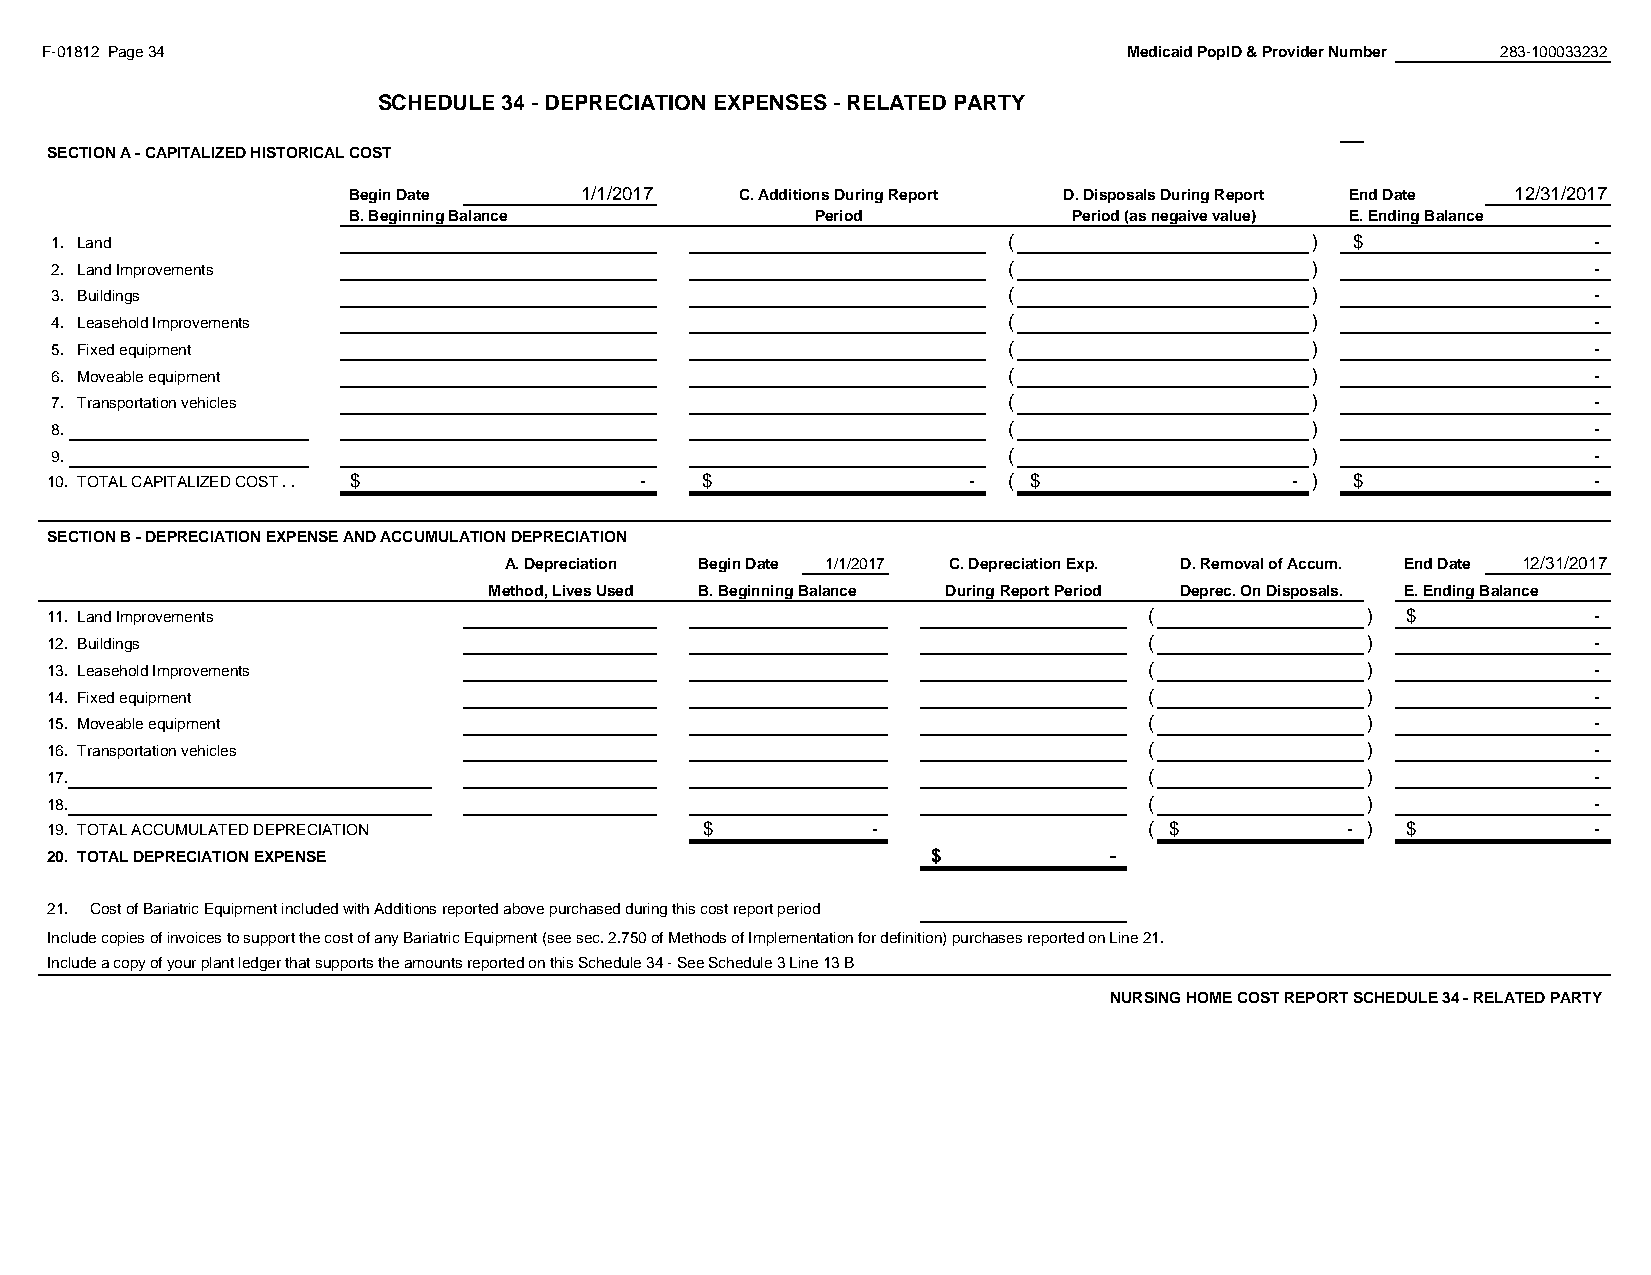
F-01812 Page 34                                                         Medicaid PopID & Provider Number 283-100033232
 SCHEDULE 34 - DEPRECIATION EXPENSES - RELATED PARTY
 #REF!
 SECTION A - CAPITALIZED HISTORICAL COST
 Begin Date     1/1/2017   C. Additions During Report D. Disposals During Report End Date 12/31/2017
 B. Beginning Balance           Period           Period (as negaive value) E. Ending Balance
 1. Land                                                         (                   )  $               -
 2. Land Improvements                                            (                   )                  -
 3. Buildings                                                    (                   )                  -
 4. Leasehold Improvements                                       (                   )                  -
 5. Fixed equipment                                              (                   )                  -
 6. Moveable equipment                                           (                   )                  -
 7. Transportation vehicles                                      (                   )                  -
 8.                                                              (                   )                  -
 9.                                                              (                   )                  -
 10. TOTAL CAPITALIZED COST . . $       -   $                 -  ( $                - ) $               -
 SECTION B - DEPRECIATION EXPENSE AND ACCUMULATION DEPRECIATION
 A. Depreciation Begin Date 1/1/2017 C. Depreciation Exp. D. Removal of Accum. End Date 12/31/2017
 Method, Lives Used B. Beginning Balance During Report Period Deprec. On Disposals. E. Ending Balance
 11. Land Improvements                                                    (             )  $            -
 12. Buildings                                                            (             )               -
 13. Leasehold Improvements                                               (             )               -
 14. Fixed equipment                                                      (             )               -
 15. Moveable equipment                                                   (             )               -
 16. Transportation vehicles                                              (             )               -
 17.                                                                      (             )               -
 18.                                                                      (             )               -
 19. TOTAL ACCUMULATED DEPRECIATION          $          -                 ( $          - ) $            -
 20. TOTAL DEPRECIATION EXPENSE                             $          -
 21. Cost of Bariatric Equipment included with Additions reported above purchased during this cost report period
 Include copies of invoices to support the cost of any Bariatric Equipment (see sec. 2.750 of Methods of Implementation for definition) purchases reported on Line 21.
 Include a copy of your plant ledger that supports the amounts reported on this Schedule 34 - See Schedule 3 Line 13 B
 NURSING HOME COST REPORT SCHEDULE 34 - RELATED PARTY